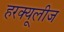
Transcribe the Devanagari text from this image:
हरक्यूलीज